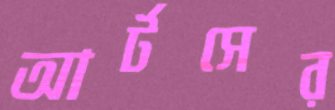
আর্টসের